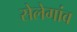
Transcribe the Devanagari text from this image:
सेलेगांव